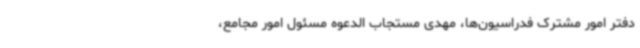
دفتر امور مشترک فدراسیون‌ها، مهدی مستجاب الدعوه مسئول امور مجامع،